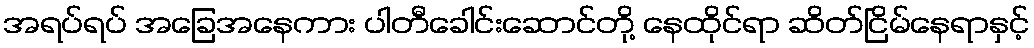
အရပ်ရပ် အခြေအနေကား ပါတီခေါင်းဆောင်တို့ နေထိုင်ရာ ဆိတ်ငြိမ်နေရာနှင့်